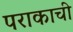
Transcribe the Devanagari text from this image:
पराकाची